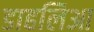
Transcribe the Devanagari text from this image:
डाहलिआ